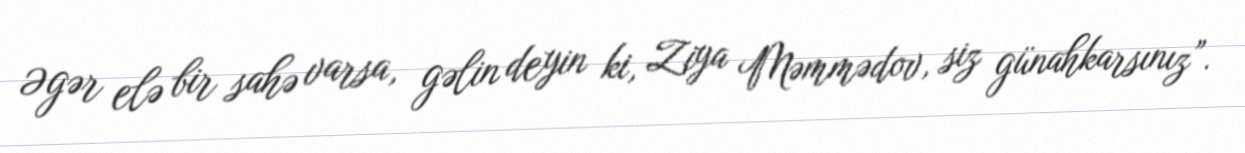
Əgər elə bir sahə varsa, gəlin deyin ki, Ziya Məmmədov, siz günahkarsınız”.